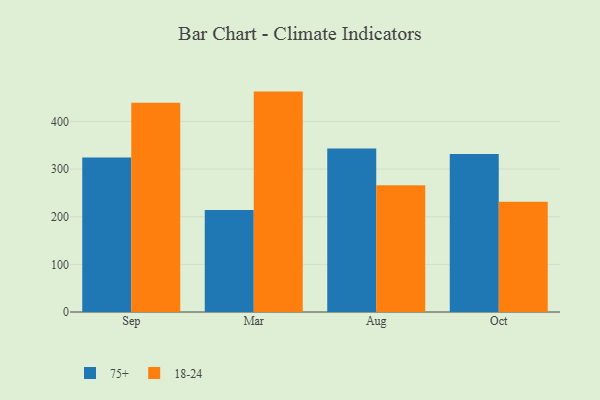
{"axis": {"x": "Month", "y": "Shipments"}, "legend": ["18-24", "75+"], "data": [{"x": "Sep", "y": 324.4, "type": "75+"}, {"x": "Sep", "y": 439.1, "type": "18-24"}, {"x": "Mar", "y": 214.3, "type": "75+"}, {"x": "Mar", "y": 462.7, "type": "18-24"}, {"x": "Aug", "y": 343.0, "type": "75+"}, {"x": "Aug", "y": 266.0, "type": "18-24"}, {"x": "Oct", "y": 331.5, "type": "75+"}, {"x": "Oct", "y": 231.2, "type": "18-24"}]}